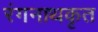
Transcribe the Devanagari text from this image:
रंगनाथकृत